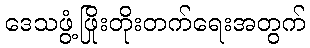
ဒေသဖွံ့ဖြိုးတိုးတက်ရေးအတွက်